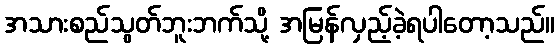
အသားစည်သွတ်ဘူးဘက်သို့ အမြန်လှည့်ခဲ့ရပါတော့သည်။